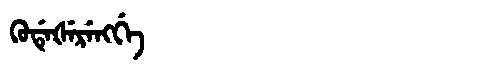
Manchu: ᡴᡠᡩᡝᡧᡝᡵᡝᠩᡤᡝ
Romanization: KUDEŠERENGGE